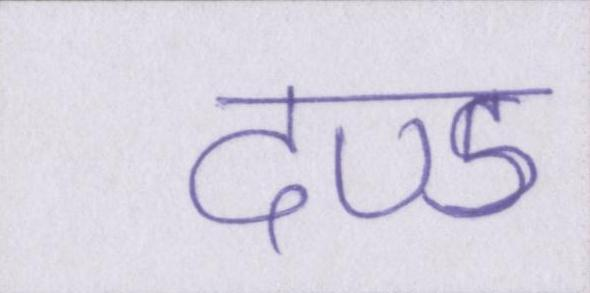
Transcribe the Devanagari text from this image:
दण्ड